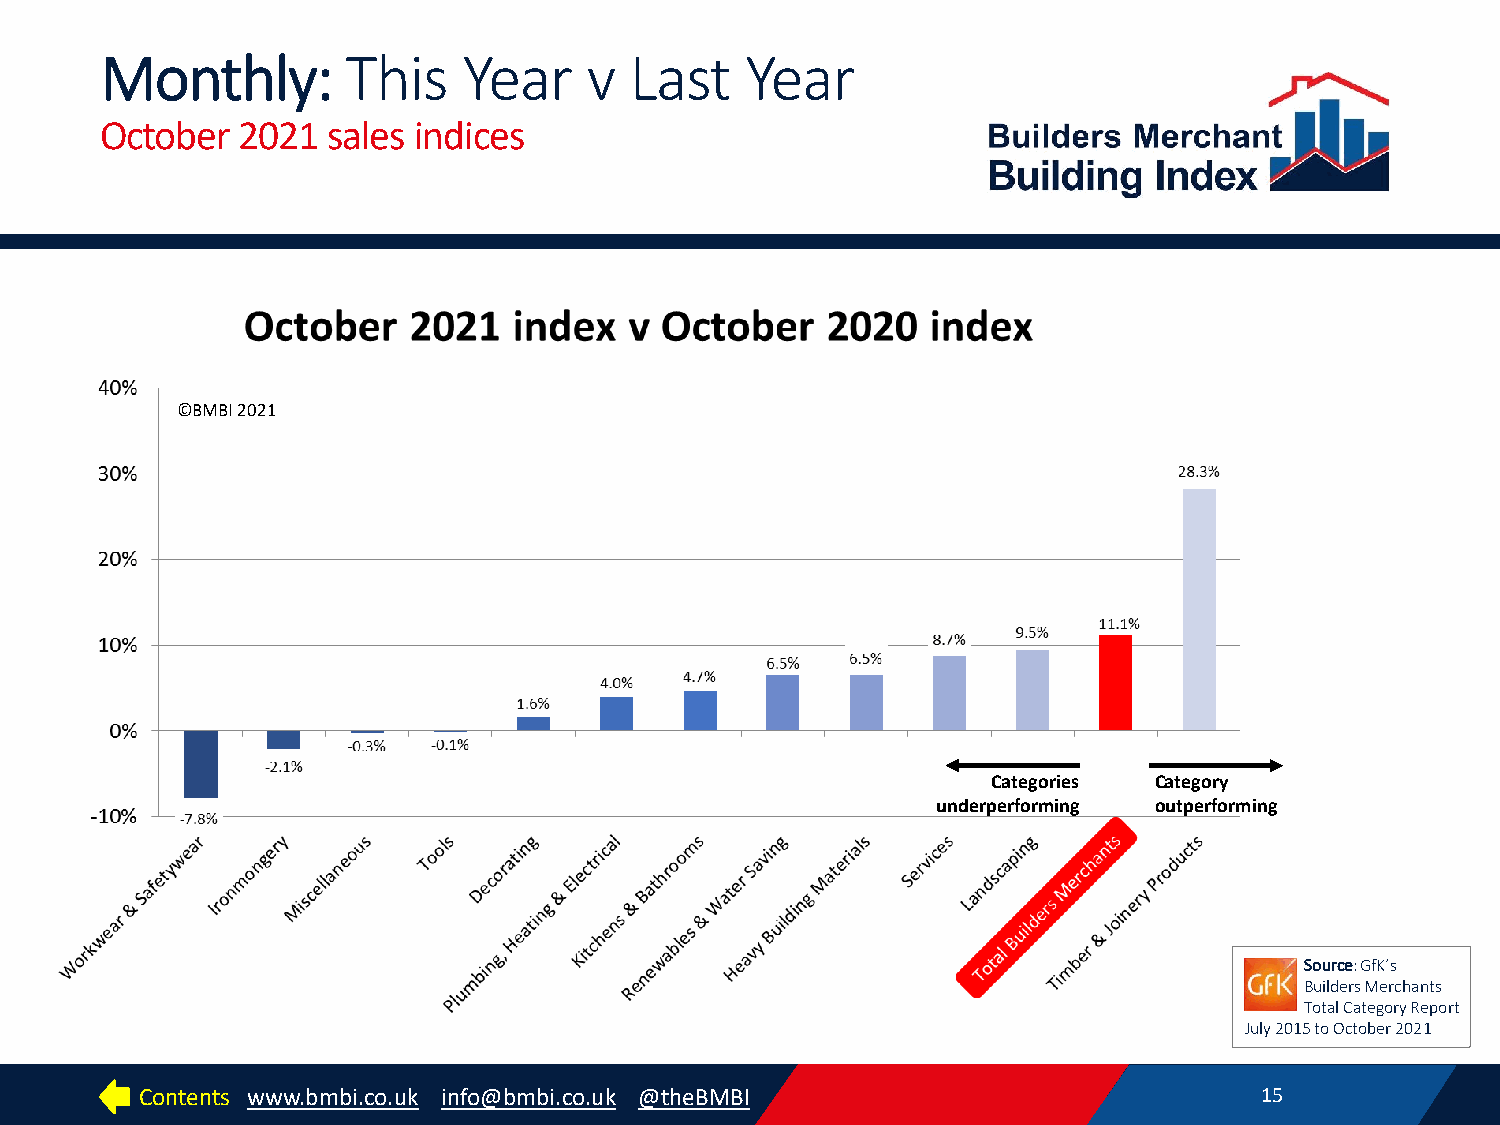
Monthly:        This    Year    v  Last   Year
 October  2021  sales indices
 ©BMBI 2021
 Categories Category
 underperforming outperforming
 Source: GfK’s
 Builders Merchants
 Total Category Report
 July 2015 to October 2021
 Contents www.bmbi.co.uk info@bmbi.co.uk @theBMBI                          15